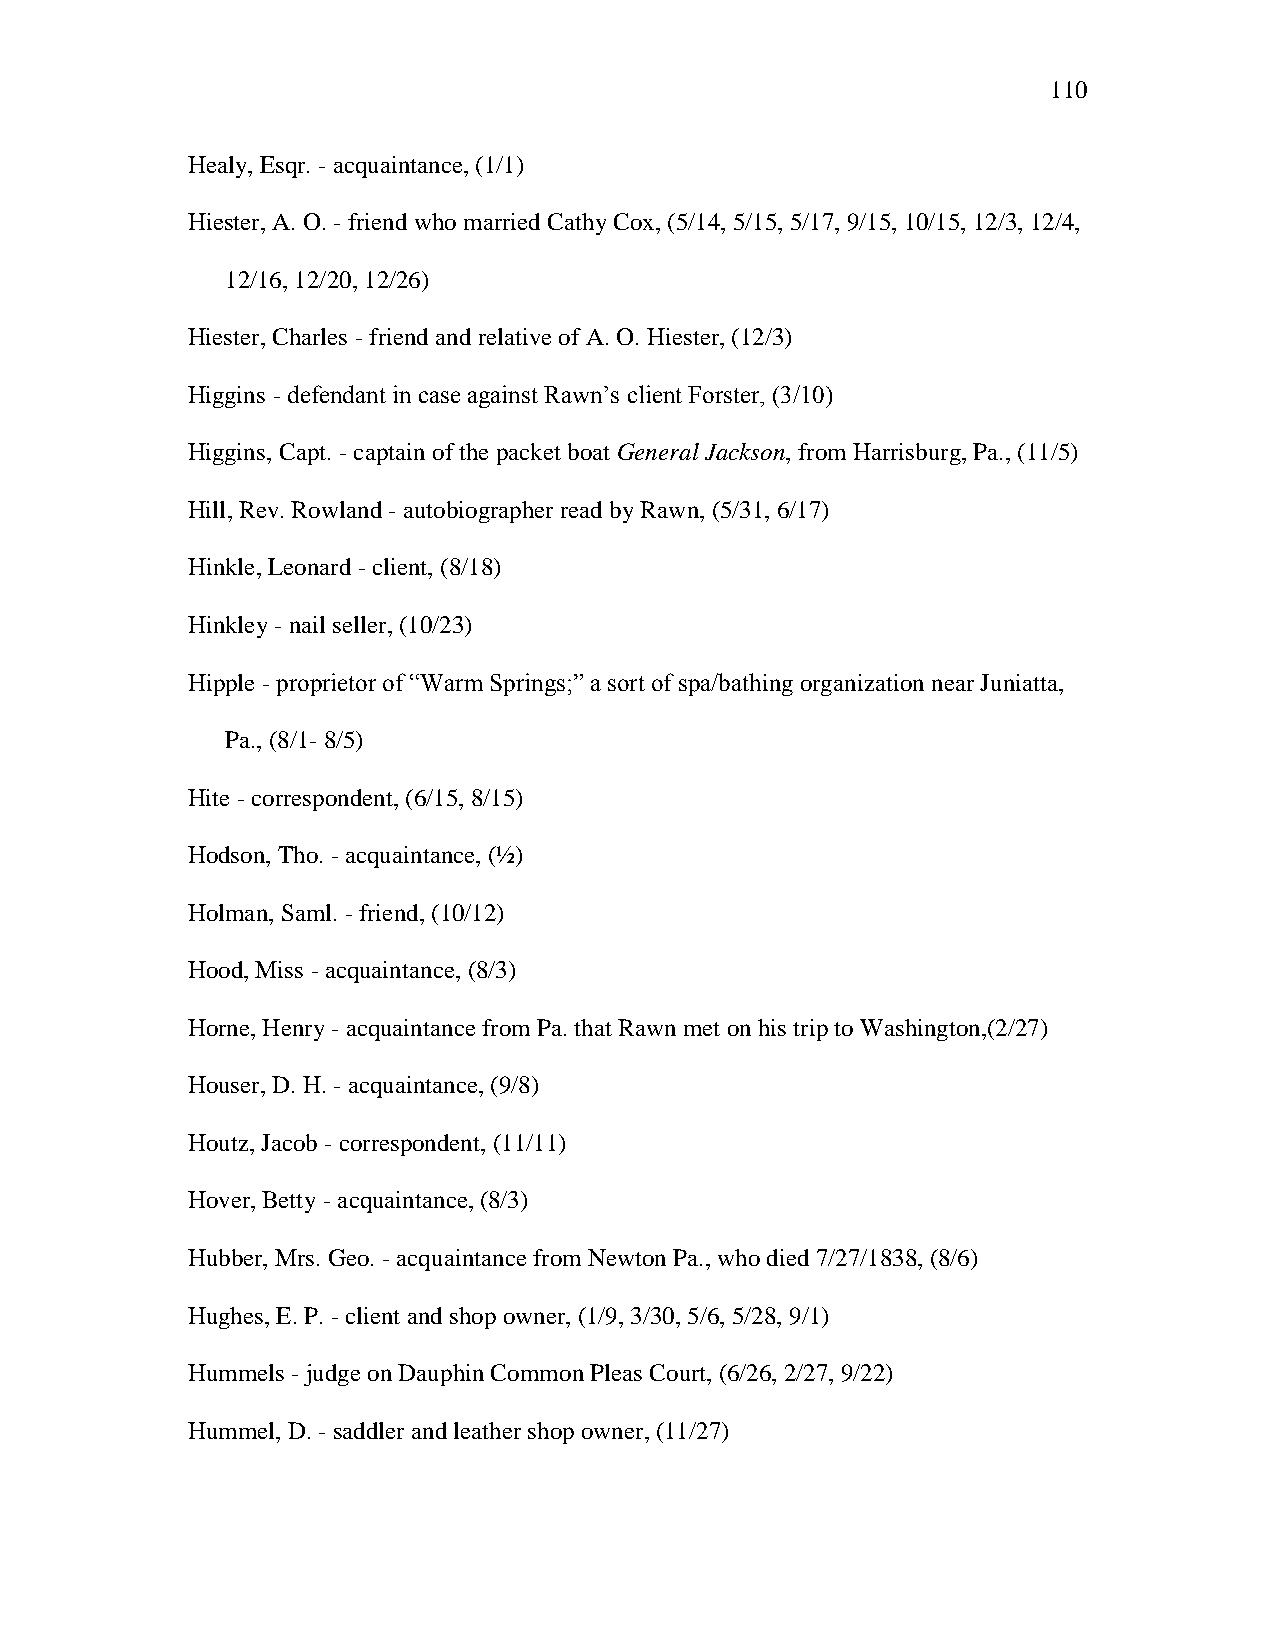
110
 Healy, Esqr. - acquaintance, (1/1)
 Hiester, A. O. - friend who married Cathy Cox, (5/14, 5/15, 5/17, 9/15, 10/15, 12/3, 12/4,
 12/16, 12/20, 12/26)
 Hiester, Charles - friend and relative of A. O. Hiester, (12/3)
 Higgins - defendant in case against Rawn‘s client Forster, (3/10)
 Higgins, Capt. - captain of the packet boat General Jackson, from Harrisburg, Pa., (11/5)
 Hill, Rev. Rowland - autobiographer read by Rawn, (5/31, 6/17)
 Hinkle, Leonard - client, (8/18)
 Hinkley - nail seller, (10/23)
 Hipple - proprietor of ―Warm Springs;‖ a sort of spa/bathing organization near Juniatta,
 Pa., (8/1- 8/5)
 Hite - correspondent, (6/15, 8/15)
 Hodson, Tho. - acquaintance, (½)
 Holman, Saml. - friend, (10/12)
 Hood, Miss - acquaintance, (8/3)
 Horne, Henry - acquaintance from Pa. that Rawn met on his trip to Washington,(2/27)
 Houser, D. H. - acquaintance, (9/8)
 Houtz, Jacob - correspondent, (11/11)
 Hover, Betty - acquaintance, (8/3)
 Hubber, Mrs. Geo. - acquaintance from Newton Pa., who died 7/27/1838, (8/6)
 Hughes, E. P. - client and shop owner, (1/9, 3/30, 5/6, 5/28, 9/1)
 Hummels - judge on Dauphin Common Pleas Court, (6/26, 2/27, 9/22)
 Hummel, D. - saddler and leather shop owner, (11/27)